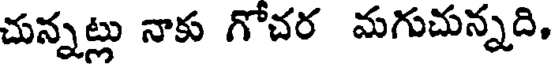
చున్నట్లు నాకు గోచర మగుచున్నది,